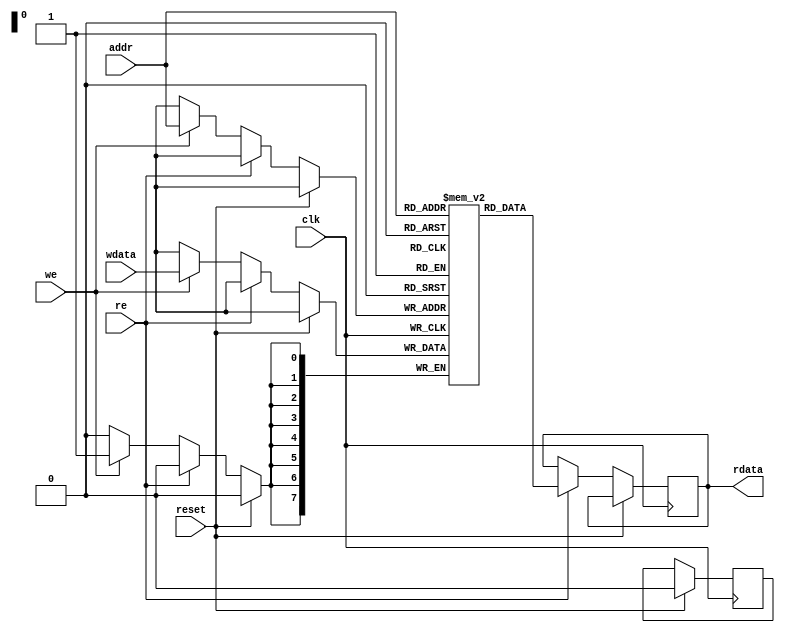
// expect-wr-ports 1
// expect-rd-ports 1
// expect-rd-clk \clk

module top(input clk, input we, re, reset, input [7:0] addr, wdata, output reg [7:0] rdata);

reg [7:0] bram[0:255];
(* keep *) reg dummy;

always @(posedge clk)
	if (reset)
		dummy <= 1'b0;
	else if (re)
		rdata <= bram[addr];
	else if (we)
		bram[addr] <= wdata;
endmodule